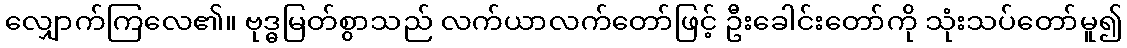
လျှောက်ကြလေ၏။ ဗုဒ္ဓမြတ်စွာသည် လက်ယာလက်တော်ဖြင့် ဦးခေါင်းတော်ကို သုံးသပ်တော်မူ၍